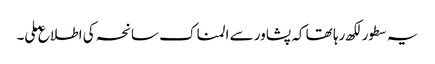
یہ سطورلکھ رہا تھا کہ پشاور سے المناک سانحہ کی اطلاع ملی۔